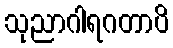
သုညာဂါရဂတာပိ